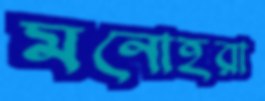
মনোহরা